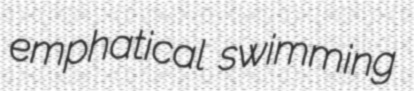
emphatical swimming